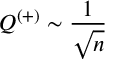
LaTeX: Q ^ { ( + ) } \sim \frac { 1 } { \sqrt { n } }